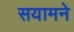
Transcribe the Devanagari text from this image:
सयामने